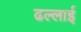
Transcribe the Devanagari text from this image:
ढल्लाई